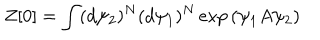
LaTeX: Z [ 0 ] = \int ( d \psi _ { 2 } ) ^ { N } ( d \psi _ { 1 } ) ^ { N } \exp { \left( \psi _ { 1 } A \psi _ { 2 } \right) }